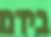
בידם